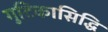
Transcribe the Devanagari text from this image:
गुटिकासिद्धि